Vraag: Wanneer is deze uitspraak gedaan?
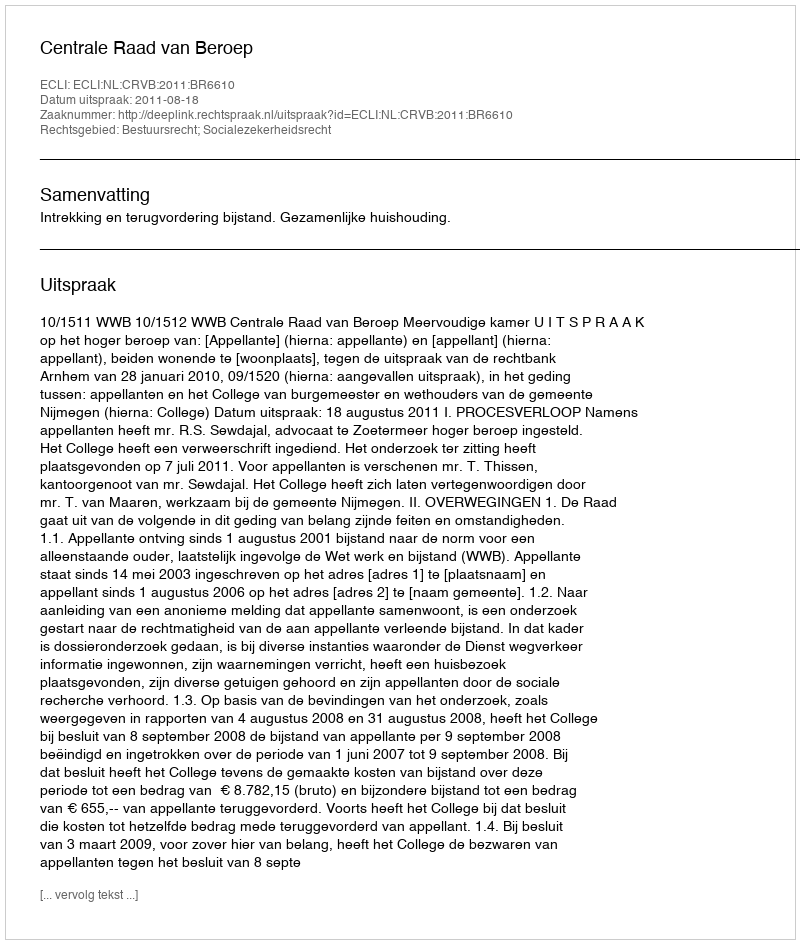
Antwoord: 2011-08-18